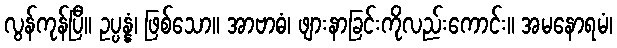
လွန်ကုန်ပြီ။ ဥပ္ပန္နံ၊ ဖြစ်သော။ အာဗာဓံ၊ ဖျားနာခြင်းကိုလည်းကောင်း။ အမနောရမံ၊